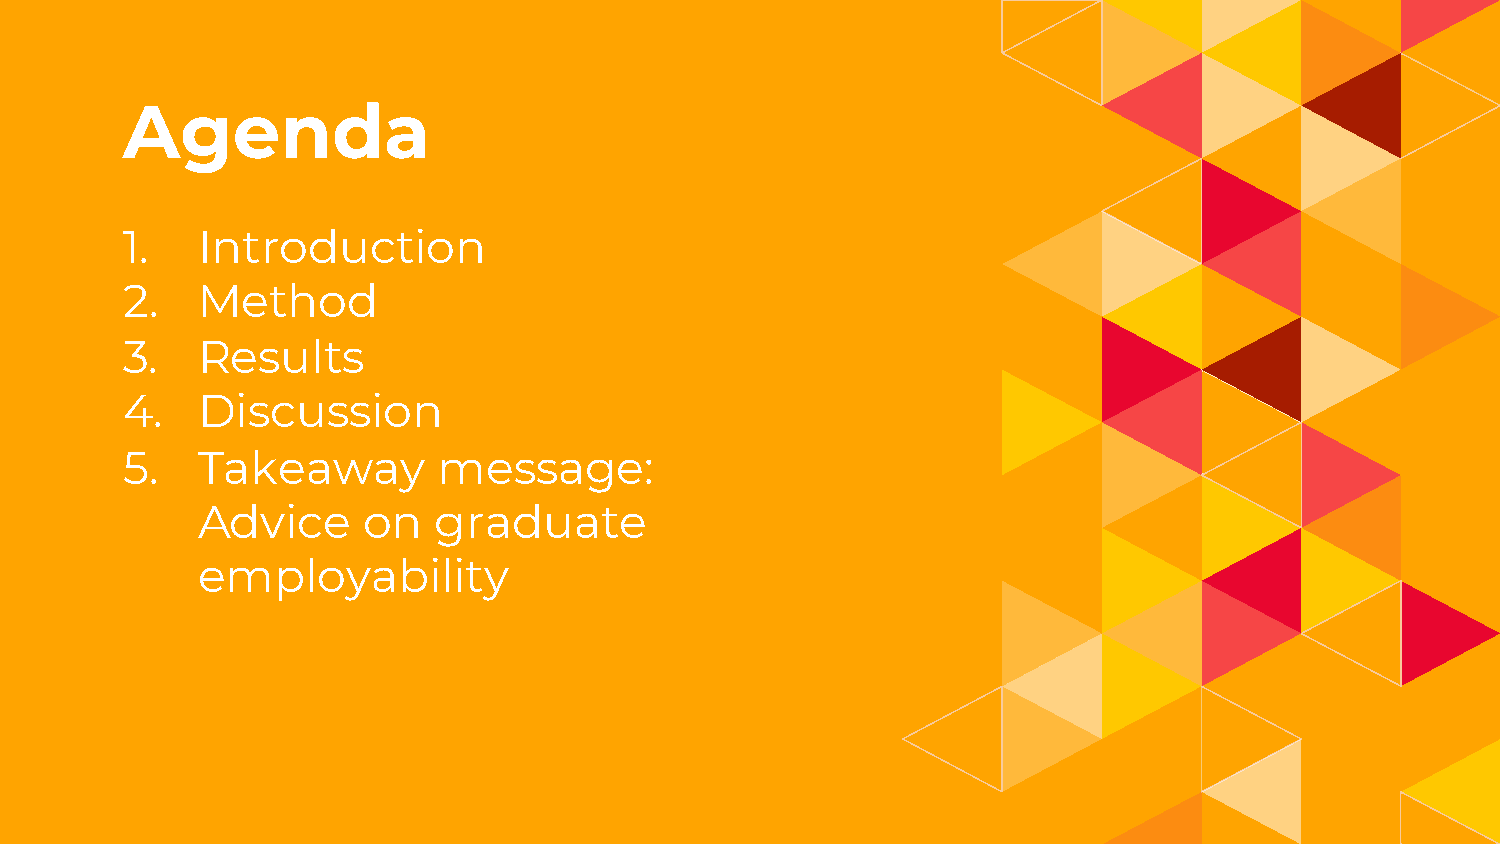
1.
 Agenda
 1.   Introduction
 2.   Method
 3.   Results
 4.   Discussion
 5.   Takeaway        message:
 Advice     on   graduate
 employability